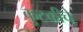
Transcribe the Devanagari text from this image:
कुटकीचे